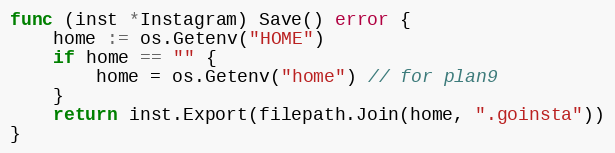
Language: Go
func (inst *Instagram) Save() error {
	home := os.Getenv("HOME")
	if home == "" {
		home = os.Getenv("home") // for plan9
	}
	return inst.Export(filepath.Join(home, ".goinsta"))
}